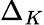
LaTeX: \Delta_{K}